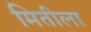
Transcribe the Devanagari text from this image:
मितीला